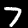
Label: 7